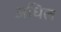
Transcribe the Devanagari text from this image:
अधिल